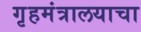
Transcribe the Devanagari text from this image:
गृहमंत्रालयाचा